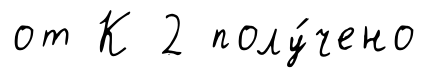
от К 2 полу́чено